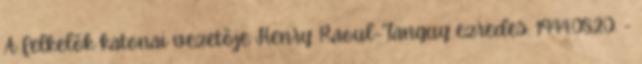
A felkelõk katonai vezetõje Henry Raoul-Tanguy ezredes. 1944.08.20. -